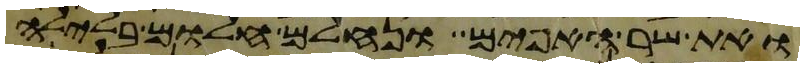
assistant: ואת שר האפים ונחלם חלום בלילה